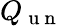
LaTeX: Q_{\mathrm{~u~n~}}